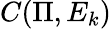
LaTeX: C(\Pi,E_{k})